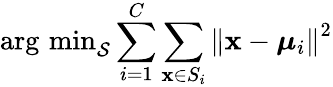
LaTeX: \operatorname{arg\, min}_{\mathcal{S}}\sum_{i=1}^{C}\sum_{\mathbf x\in S_{i}}\left\| \mathbf x-\boldsymbol\mu_{i}\right\| ^{2}